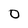
Character: 0